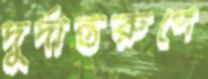
দুর্দান্তরুপে